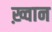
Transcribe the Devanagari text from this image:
ख़्वान